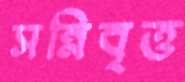
সন্নিবৃত্ত